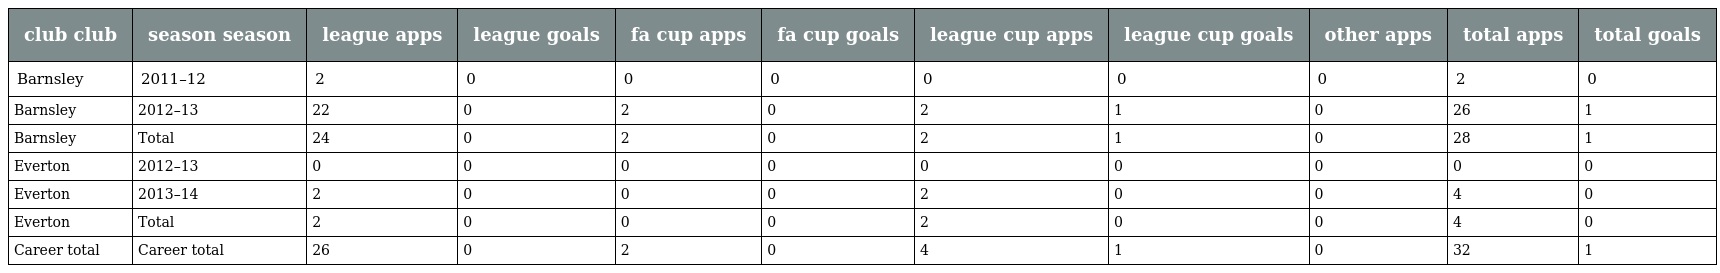
| club club | season season | league apps | league goals | fa cup apps | fa cup goals | league cup apps | league cup goals | other apps | total apps | total goals |
 | --- | --- | --- | --- | --- | --- | --- | --- | --- | --- | --- |
 | Barnsley | 2011–12 | 2 | 0 | 0 | 0 | 0 | 0 | 0 | 2 | 0 |
 | Barnsley | 2012–13 | 22 | 0 | 2 | 0 | 2 | 1 | 0 | 26 | 1 |
 | Barnsley | Total | 24 | 0 | 2 | 0 | 2 | 1 | 0 | 28 | 1 |
 | Everton | 2012–13 | 0 | 0 | 0 | 0 | 0 | 0 | 0 | 0 | 0 |
 | Everton | 2013–14 | 2 | 0 | 0 | 0 | 2 | 0 | 0 | 4 | 0 |
 | Everton | Total | 2 | 0 | 0 | 0 | 2 | 0 | 0 | 4 | 0 |
 | Career total | Career total | 26 | 0 | 2 | 0 | 4 | 1 | 0 | 32 | 1 |